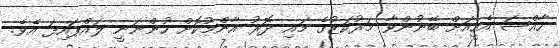
ހާއްސަ އެހީއަށް ބޭނުންވާ މަރުކަޒުގެ މައި ދޮރު އާންމުކޮށް ހުންނަނީ ލައްޕައިފަ އެވެ.